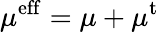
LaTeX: \mu^{\mathrm{eff}}=\mu+\mu^{\mathrm{t}}